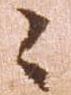
々